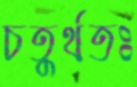
চতুর্থতঃ